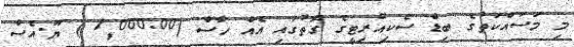
މި މަސައްކަތުގެ ބިޑް ސެކިއުރިޓީގެ ގޮތުގައި އެއް ހާސް (1